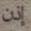
إذن